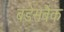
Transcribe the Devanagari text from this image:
बंडेसबैंक